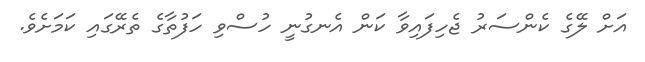
އަށް ލޭގެ ކެންސަރު ޖެހިފައިވާ ކަން އެނގުނީ ހުސްވި ހަފުތާގެ ތެރޭގައި ކަމަށެވެ.